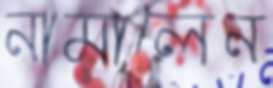
নামালেন